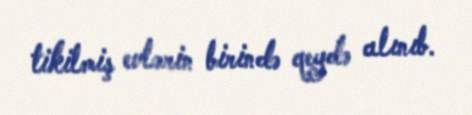
tikilmiş evlərin birində qeydə alınıb.